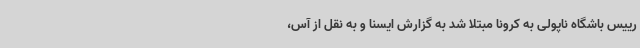
رییس باشگاه ناپولی به کرونا مبتلا شد به گزارش ایسنا و به نقل از آس،